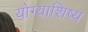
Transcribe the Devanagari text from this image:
योग्याशिष्य